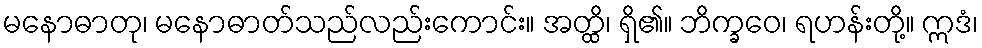
မနောဓာတု၊ မနောဓာတ်သည်လည်းကောင်း။ အတ္ထိ၊ ရှိ၏။ ဘိက္ခဝေ၊ ရဟန်းတို့။ ဣဒံ၊